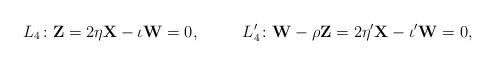
LaTeX: \begin{align*} &L_4\colon \mathbf{Z}=2 \eta \mathbf{X} - \iota \mathbf{W}=0 , &L'_4\colon \mathbf{W} - \rho \mathbf{Z}=2 \eta' \mathbf{X} - \iota' \mathbf{W}=0 ,\end{align*}